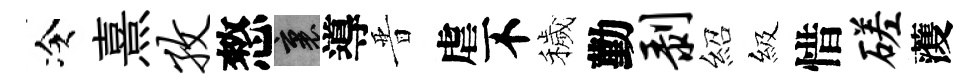
冷熹孜憗裏導晋虐不穢勤剥紹級惜磋𮑮